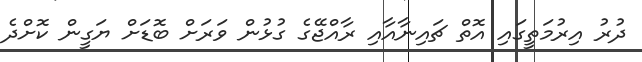
ދުރު އިރުމަތީގައި އޮތް ޗައިނާއާއި ރާއްޖޭގެ ގުޅުން ވަރަށް ބޮޑަށް ޔަގީން ކޮށްދެ